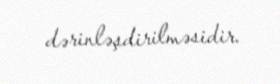
dərinləşdirilməsidir.